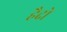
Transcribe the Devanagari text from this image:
हैदो